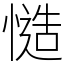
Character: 慥